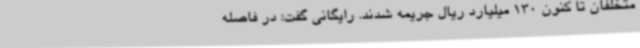
متخلفان تا کنون 130 میلیارد ریال جریمه شدند. رایگانی گفت: در فاصله